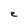
Character: e